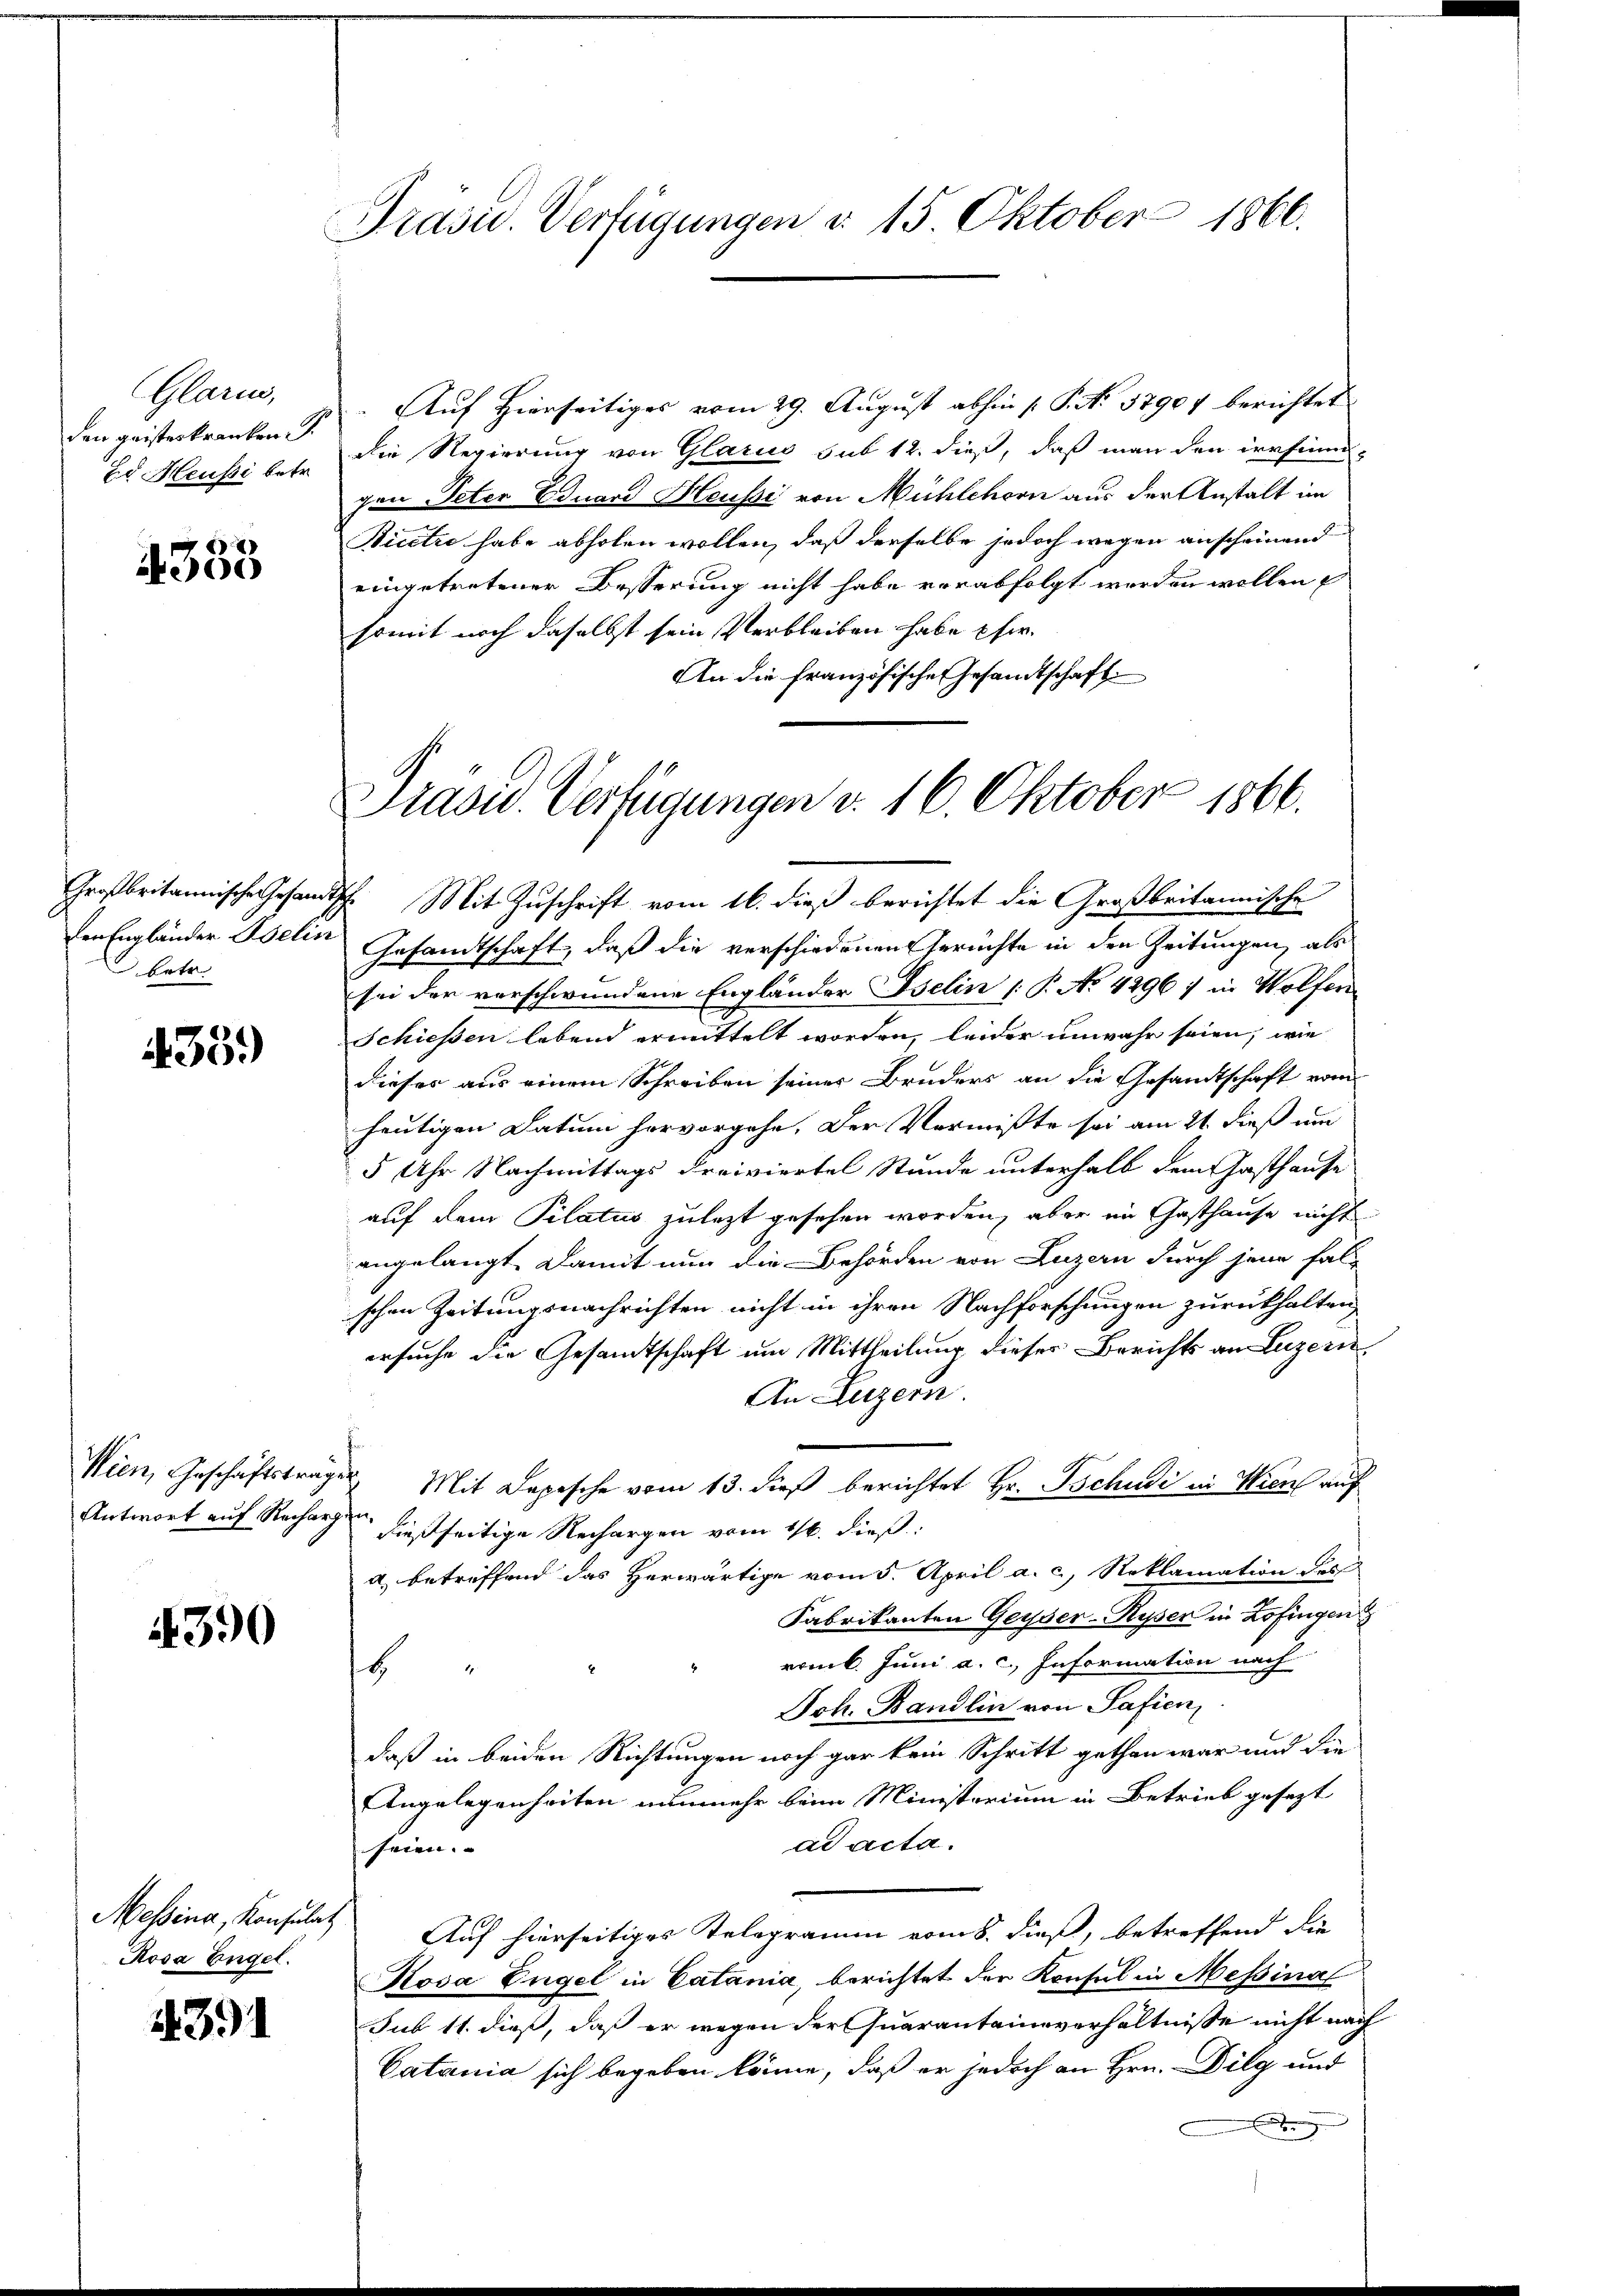
Glarus,
den geisteskranken.
Ed Heussi betr.

383

Großbritannische Gesandt.
betr

35.)

Wien, Geschäftsträg
Antwort auf Rechar

390

Rosa Engel.

14. 391

Präsid. Verfügungen d. 15 Oktober 1866.

Auf Hierseitiges vom 29. August abhin [P. No 57907 berichtet
die Regierung von Glarus sub 12. dieß, daß man den irrsinn
gen Peter Eduard Heussi von Mühlchern aus der Anstalt im
Bicet habe abholen wollen, daß derselbe jedoch wegen anscheinend
eingetretener Besserung nicht habe verabfolgt werden wollen
somit noch daselbst sein Verbleiben habe eher.
An die Französische Gesandtschaft
Th. Mit Zuschrift vom 16. dieß berichtet die Großbritannische
den Engländer Belin Gesandtschaft, daß die verschiedenen Gerichte in den Zeitungen, als
sei der verschwundene Engländer Belin (P. No 4296) in Wolfen
Schießen lebend ermittelt worden, leider unwahr seien, wie
dieses aus einem Schreiben seiner Bruders an die Gesandtschaft vom
heutigen Datum hervorgehe. Der Vermißte sei am 21. dieß um
5 Uhr Nachmittags dreiviertel Stunde unterhalb dem Gasthause
auf dem Pilatus zulezt gesehen worden, aber im Gasthause nicht
angelangt. Damit nun die Behörden von Luzern durch jene falschen Zeitungsnachrichten nicht in ihren Nachforschungen zurückhalten,
ersuche die Gesandtschaft um Mittheilung dieser Berichts an Luzern
An Luzern.
 Mit Depesche vom 13. dieß berichtet Hr. Tschudi in Wien auf
fer,
dießseitige Rechargen vom 16. dieß.
a) betreffend das Herwärtige vom 5. April a. c., Reklamation des
Fabrikanten Geiser-Ryser in Zofingen
roml. Juni a. c. Information nach
b
Joh. Bandlin von Safien,
daß in beiden Richtungen noch gar kein Schritt gethan war und die
Angelegenheiten nunmehr beim Ministorium in Betrieb gesezt
ad acta.
seien.
Messina, Konsulat Auf hierseitiges Telegramm vom 8. dieß, betreffend die
Kosa Engel in Catania, berichtet der Konsul in Messinal
Sub 11. dieß, daß er wegen der Quarantainverhältnisse nicht nach
Catania sich begeben könne, daß er jedoch an Hrn. Dilg und

Präsid.. Verfügungen d. 16. Oktober 1866.